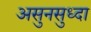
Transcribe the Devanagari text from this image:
असुनसुध्दा